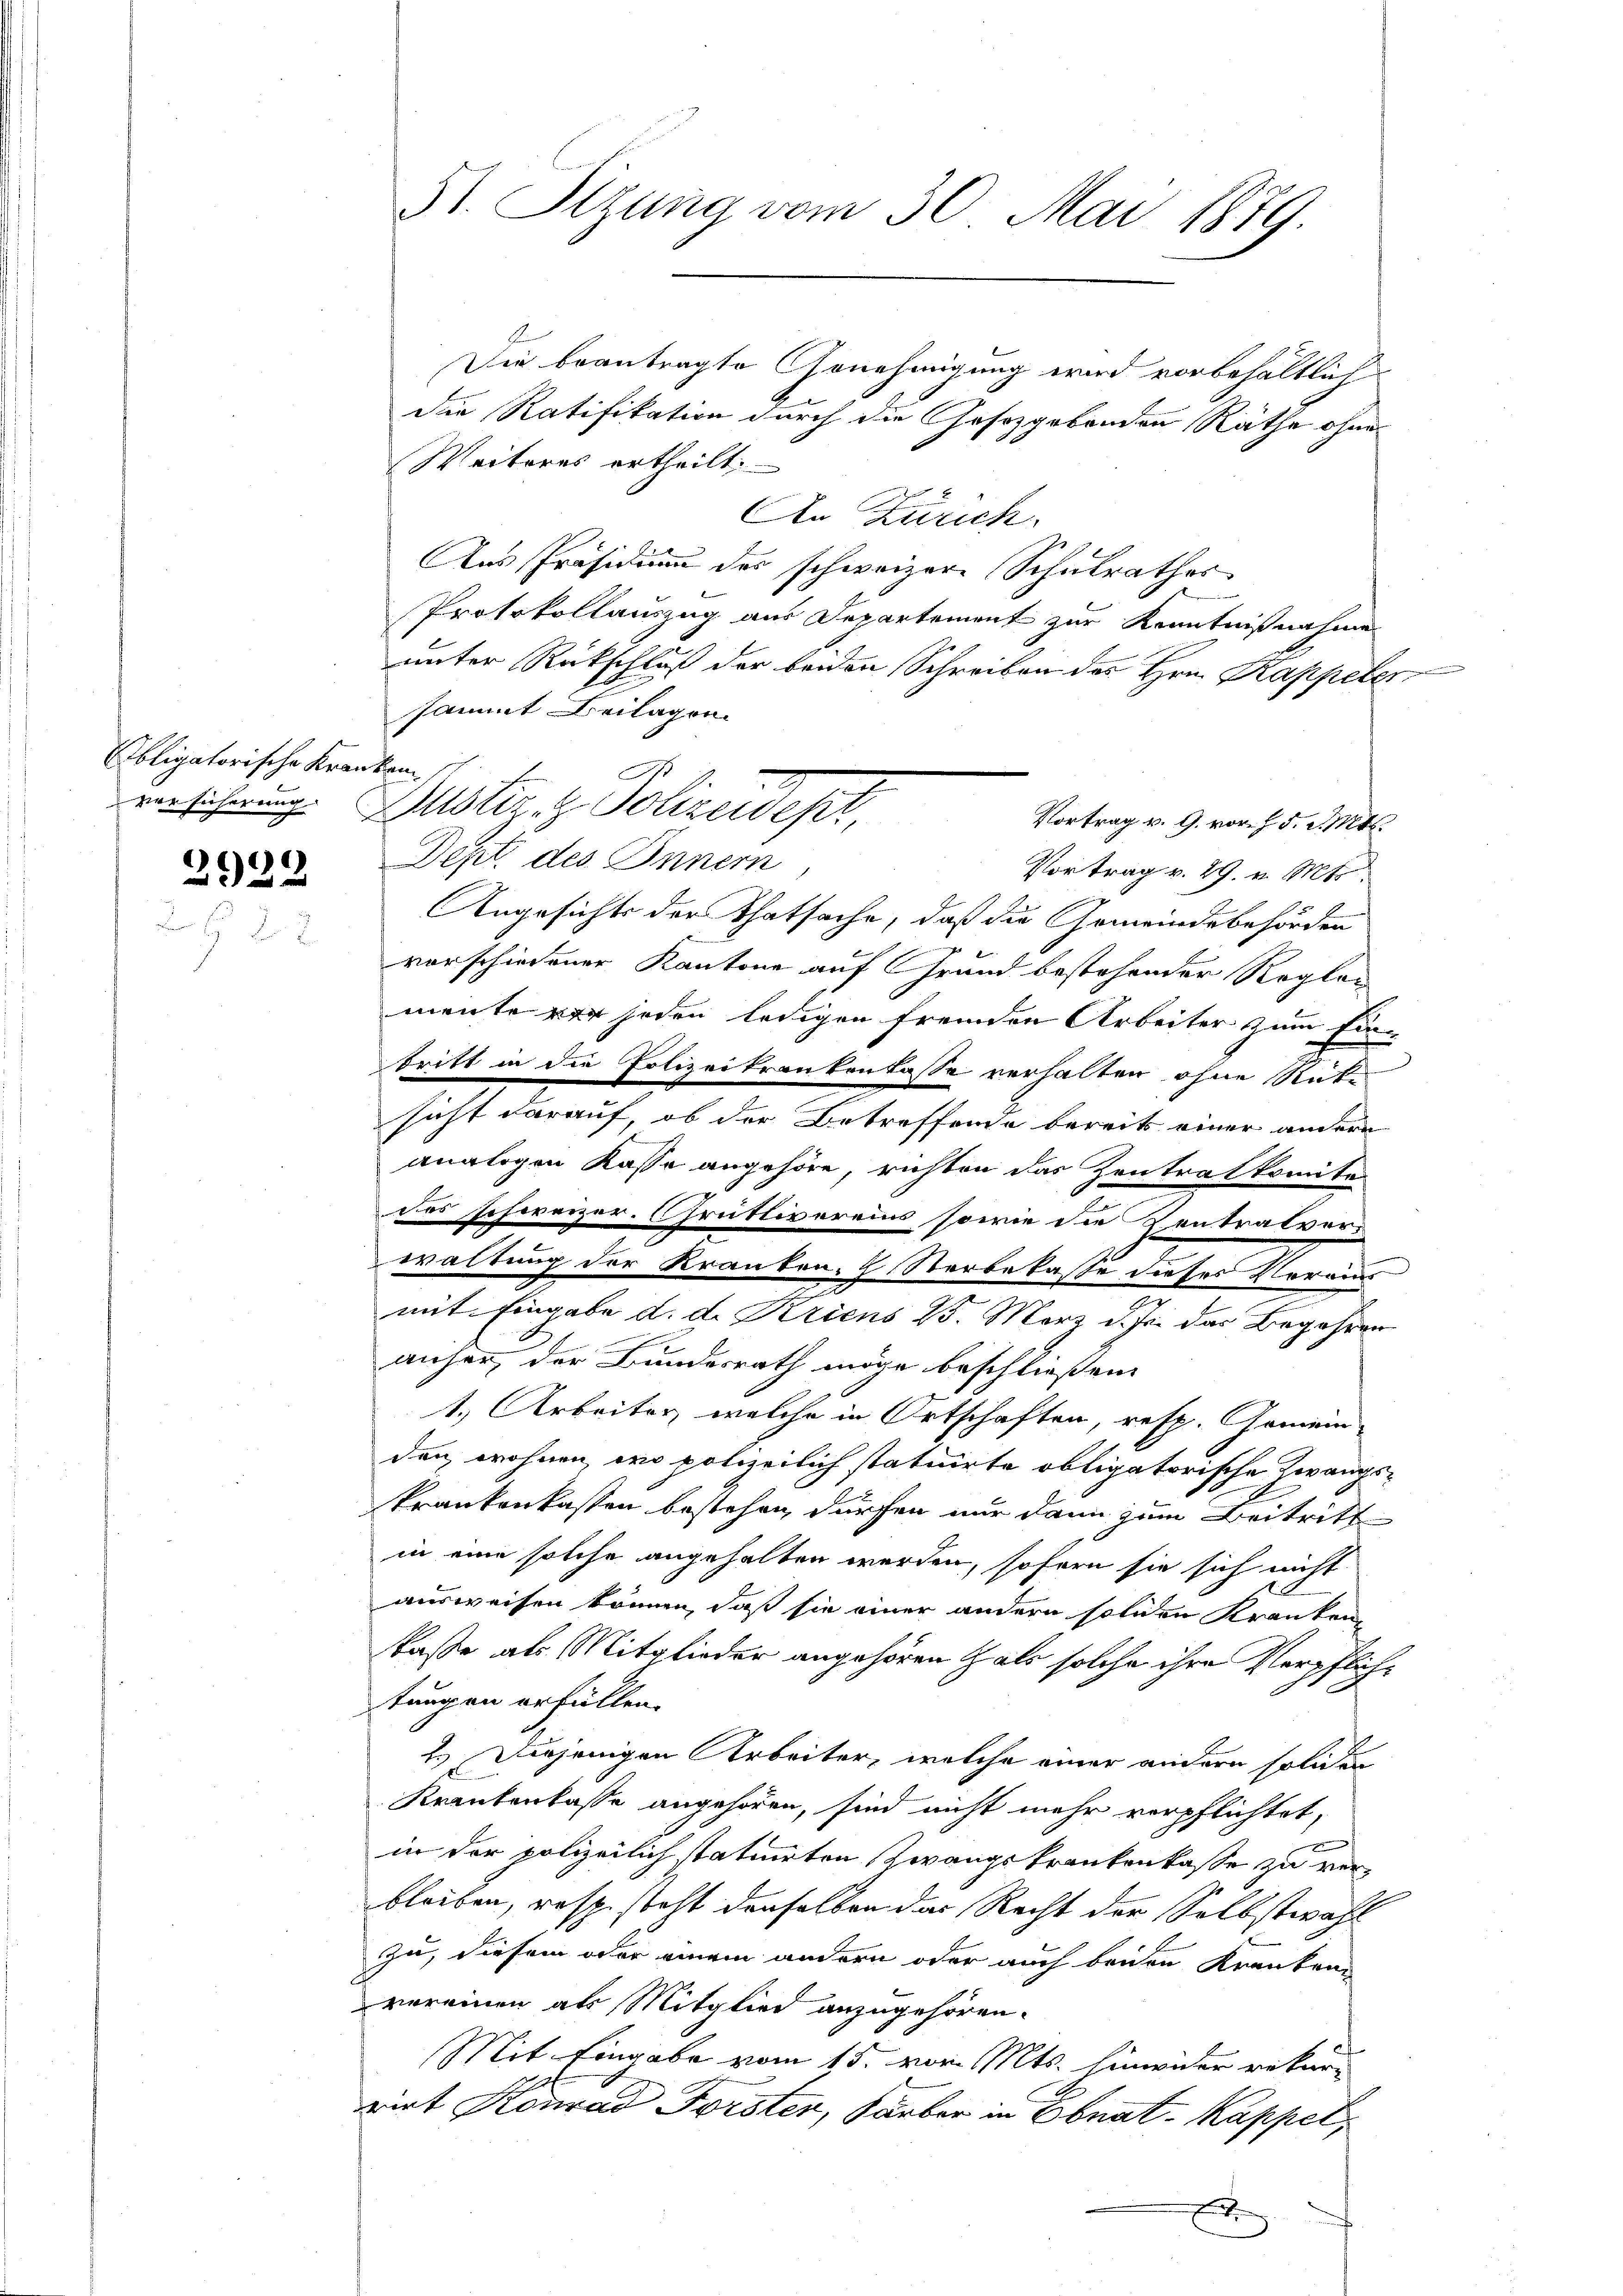
Obligatorische Kranken

)
292

51. Sitzung vom 30. Mai 1889

Die beantragte Genehmigung wird vorbehältlich
die Ratifikation durch die Gesetzgebenden Räthe ohne
Weiteres ertheilt.
An Zürich.
Aus Präsidium des schweizere Schulrathes
Protokollauszug aus Departement zur Kenntnißnahme
unter Rückschluß der beiden Schreiben des Hrn. Kappeler
sammt Beilagen.
.
versehnung. Justiz- & Polizeidest
Vortrag v. 9. vor. § 5. d. Mts.
Dept. des Innern
Vortrag v. 29. v. Mts.
Angesichts der Thatsache, daß die Gemeindebehörden
1

vorschiedener Kantone auf Grund bestehender Reglen
mente er jeden ledigen fremden Arbeiter zum Ein-
tritt in die Polizeikrankenlasse verhalten ohne Rücke
sicht darauf, ob der Betreffende bereits einer andern
analogen Kasse angehöre, richten das Zentrat komite
das schweizer. Grütlivereins, sowie die Zentratverwaltung der Kranken.  Sterbekasse dieses Voraus
e
mit Eingabe d. d. Kriens 25. März d. Js. das Begehrer
anher der Bundesrath möge beschließen.
1., Arbeiter, welche in Ortschaften, resp. Gemein-
den, wohnen, wo polizeilich statuirte obligatorische Zwangskrankenkassen bestehen, dürfen nur dann zum Beitritt
in eine solche angehalten werden, sofern sie sich nicht
ausweisen können, daß sie einer andern soliden Kranken
kasse als Mitglieder angehören halt solche ihre Verpflichtungen erfüllen.
2.) Derjenigen Arbeiter, welche einer andern solcher
Krankenkasse angehören, sind nicht mehr verpflichtet,
in der polizeilich tatuirten Zwangskrankenkasse zu verbleiben, resp. steht derselben das Recht der Selbstwahl
zu, diesem oder einem andern oder auch beiden Krankenn
vereinen als Mitglied anzugehören.
Mit Eingabe vom 15. vom Mts. hinwider rekurrirt Konrad Forster, Färber in Ebnat, Kappel,
E